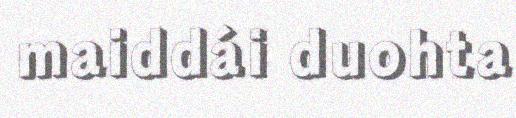
maiddái duohta